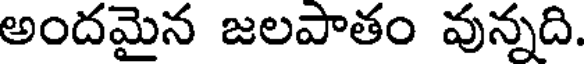
అందమైన జలపాతం వున్నది.